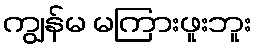
ကျွန်မ မကြားဖူးဘူး